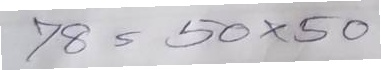
78 = 50x50